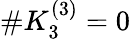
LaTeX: \# K_{3}^{(3)}=0